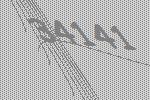
34141